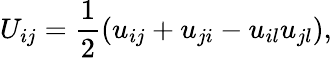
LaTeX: U_{ij}=\frac{1}{2}\left(u_{ij}+u_{ji}-u_{il}u_{jl}\right),